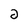
Character: 2